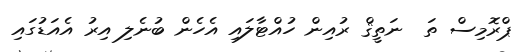
ޕްރޮމިސް ތަ  ނަތީޤް ރުއިން ހުއްޓާލައި އެހެން ބުނެލި އިރު އެއަޑުގައި